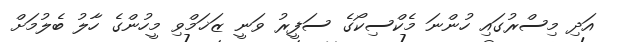
އަދި މިސްރުގަައި ހުންނަ މެކްސިކޯގެ ސަފީރު ވަނީ ޒަޚަމްވި މީހުންގެ ހާލު ބެލުމަށް